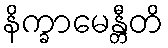
နိက္ခာမေန္တီတိ